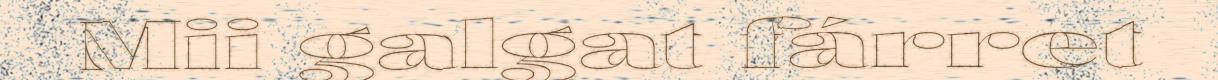
Mii galgat fárret